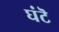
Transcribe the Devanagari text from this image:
घंटॆ